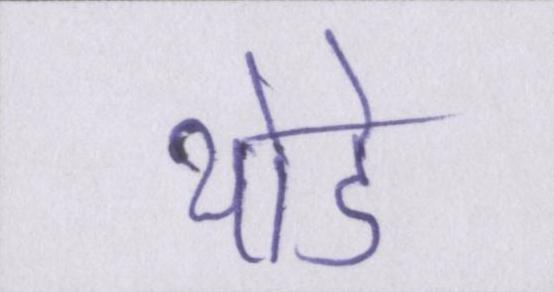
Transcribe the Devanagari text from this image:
थोडे